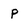
Character: P